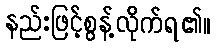
နည်းဖြင့်စွန့်လိုက်ရ၏။